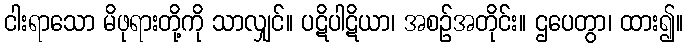
ငါးရာသော မိဖုရားတို့ကို သာလျှင်။ ပဋိပါဋိယာ၊ အစဉ်အတိုင်း။ ဌပေတွာ၊ ထား၍။